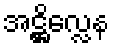
အဋ္ဌိလ္လေန